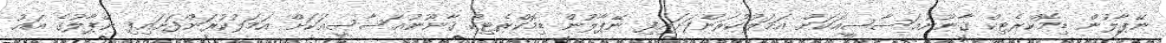
ނޭޕާލުން ޑިމޮކްރެޓިކް ޤާނޫނުއަސާސީއަކަށް އަމަލުކުރަންފަށައިފި ނޭޕާލުން ޑިމޮކްރެޓިކް ޤާނޫނުއަސާސީއަކަށް އަމަލުކުރަންފަށައިފި ނޭޕާލުގެ އައު